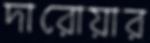
দারোয়ার